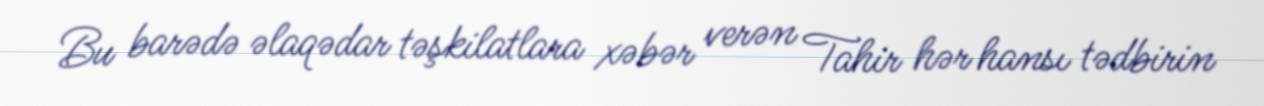
Bu barədə əlaqədar təşkilatlara xəbər verən Tahir hər hansı tədbirin